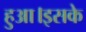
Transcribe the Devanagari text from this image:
हुआ।इसके